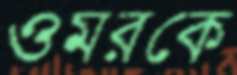
ওমরকে